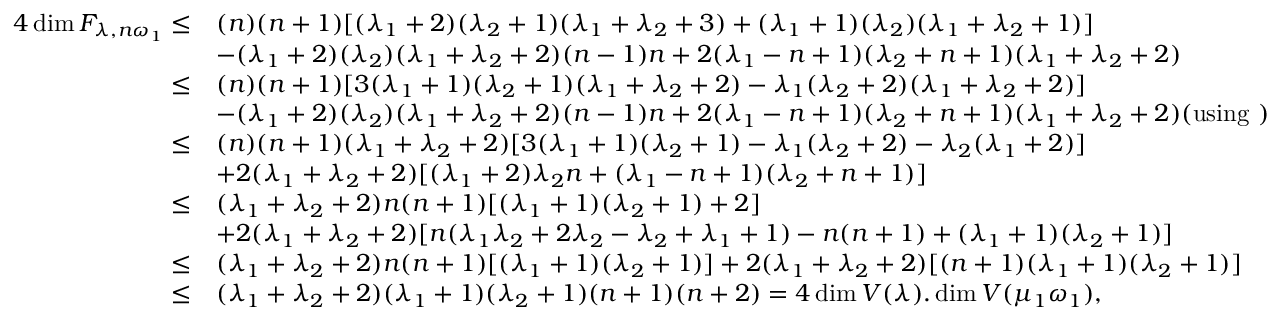
\begin{array} { r l } { 4 \dim \cal F _ { \lambda , n \omega _ { 1 } } \leq } & { ( n ) ( n + 1 ) [ ( \lambda _ { 1 } + 2 ) ( \lambda _ { 2 } + 1 ) ( \lambda _ { 1 } + \lambda _ { 2 } + 3 ) + ( \lambda _ { 1 } + 1 ) ( \lambda _ { 2 } ) ( \lambda _ { 1 } + \lambda _ { 2 } + 1 ) ] } \\ & { - ( \lambda _ { 1 } + 2 ) ( \lambda _ { 2 } ) ( \lambda _ { 1 } + \lambda _ { 2 } + 2 ) ( n - 1 ) n + 2 ( \lambda _ { 1 } - n + 1 ) ( \lambda _ { 2 } + n + 1 ) ( \lambda _ { 1 } + \lambda _ { 2 } + 2 ) } \\ { \leq } & { ( n ) ( n + 1 ) [ 3 ( \lambda _ { 1 } + 1 ) ( \lambda _ { 2 } + 1 ) ( \lambda _ { 1 } + \lambda _ { 2 } + 2 ) - \lambda _ { 1 } ( \lambda _ { 2 } + 2 ) ( \lambda _ { 1 } + \lambda _ { 2 } + 2 ) ] } \\ & { - ( \lambda _ { 1 } + 2 ) ( \lambda _ { 2 } ) ( \lambda _ { 1 } + \lambda _ { 2 } + 2 ) ( n - 1 ) n + 2 ( \lambda _ { 1 } - n + 1 ) ( \lambda _ { 2 } + n + 1 ) ( \lambda _ { 1 } + \lambda _ { 2 } + 2 ) ( \mathrm { u s i n g } \ ) } \\ { \leq } & { ( n ) ( n + 1 ) ( \lambda _ { 1 } + \lambda _ { 2 } + 2 ) [ 3 ( \lambda _ { 1 } + 1 ) ( \lambda _ { 2 } + 1 ) - \lambda _ { 1 } ( \lambda _ { 2 } + 2 ) - \lambda _ { 2 } ( \lambda _ { 1 } + 2 ) ] } \\ & { + 2 ( \lambda _ { 1 } + \lambda _ { 2 } + 2 ) [ ( \lambda _ { 1 } + 2 ) \lambda _ { 2 } n + ( \lambda _ { 1 } - n + 1 ) ( \lambda _ { 2 } + n + 1 ) ] } \\ { \leq } & { ( \lambda _ { 1 } + \lambda _ { 2 } + 2 ) n ( n + 1 ) [ ( \lambda _ { 1 } + 1 ) ( \lambda _ { 2 } + 1 ) + 2 ] } \\ & { + 2 ( \lambda _ { 1 } + \lambda _ { 2 } + 2 ) [ n ( \lambda _ { 1 } \lambda _ { 2 } + 2 \lambda _ { 2 } - \lambda _ { 2 } + \lambda _ { 1 } + 1 ) - n ( n + 1 ) + ( \lambda _ { 1 } + 1 ) ( \lambda _ { 2 } + 1 ) ] } \\ { \leq } & { ( \lambda _ { 1 } + \lambda _ { 2 } + 2 ) n ( n + 1 ) [ ( \lambda _ { 1 } + 1 ) ( \lambda _ { 2 } + 1 ) ] + 2 ( \lambda _ { 1 } + \lambda _ { 2 } + 2 ) [ ( n + 1 ) ( \lambda _ { 1 } + 1 ) ( \lambda _ { 2 } + 1 ) ] } \\ { \leq } & { ( \lambda _ { 1 } + \lambda _ { 2 } + 2 ) ( \lambda _ { 1 } + 1 ) ( \lambda _ { 2 } + 1 ) ( n + 1 ) ( n + 2 ) = 4 \dim V ( \lambda ) . \dim V ( \mu _ { 1 } \omega _ { 1 } ) , } \end{array}